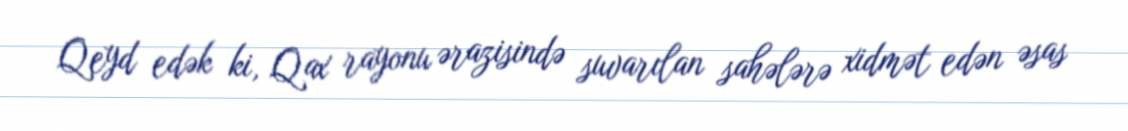
Qeyd edək ki, Qax rayonu ərazisində suvarılan sahələrə xidmət edən əsas